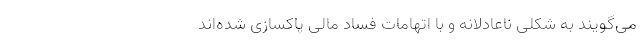
می‌گویند به شکلی ناعادلانه و با اتهامات فساد مالی پاکسازی شده‌اند